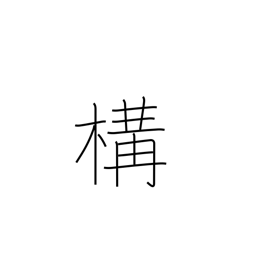
Meaning: posture